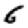
Digit: 6